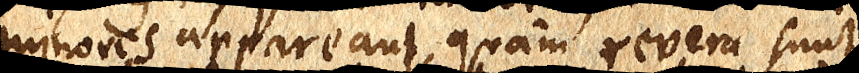
minores appareant, quam revera sunt,